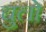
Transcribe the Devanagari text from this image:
चुलो